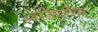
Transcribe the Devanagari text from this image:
क्रीड़ाविलास